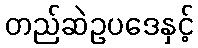
တည်ဆဲဥပဒေနှင့်